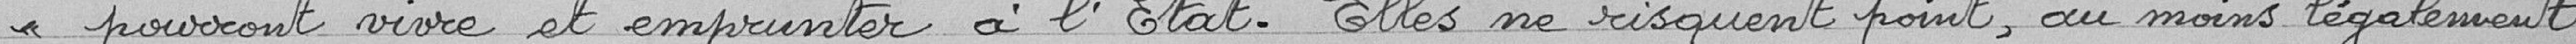
" pourront vivre et emprunter à l’État. Elles ne risquent point, au moins légalement,